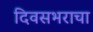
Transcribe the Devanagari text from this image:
दिवसभराचा